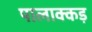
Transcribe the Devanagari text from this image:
पालाक्कड़